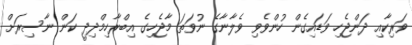
ވަރިކާއި ދަންޖެހި ވަޑައިގެން ހުންވެވި ވެލާނާގެ ނުވަތަ މާޖެހިގެ އިބްރާހިމްދިދީ ކަން ނާސިރަށް